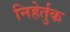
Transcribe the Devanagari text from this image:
निहेर्तुक